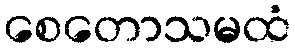
စေတောသမထံ